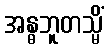
အန္ဓဘူတသ္မိံ